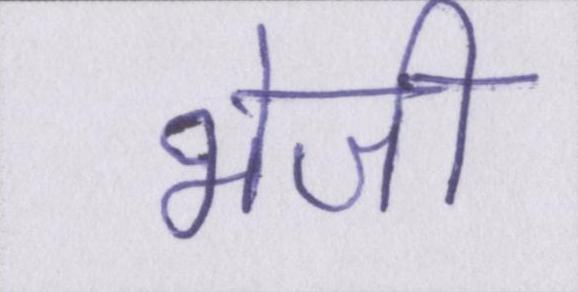
भेजी